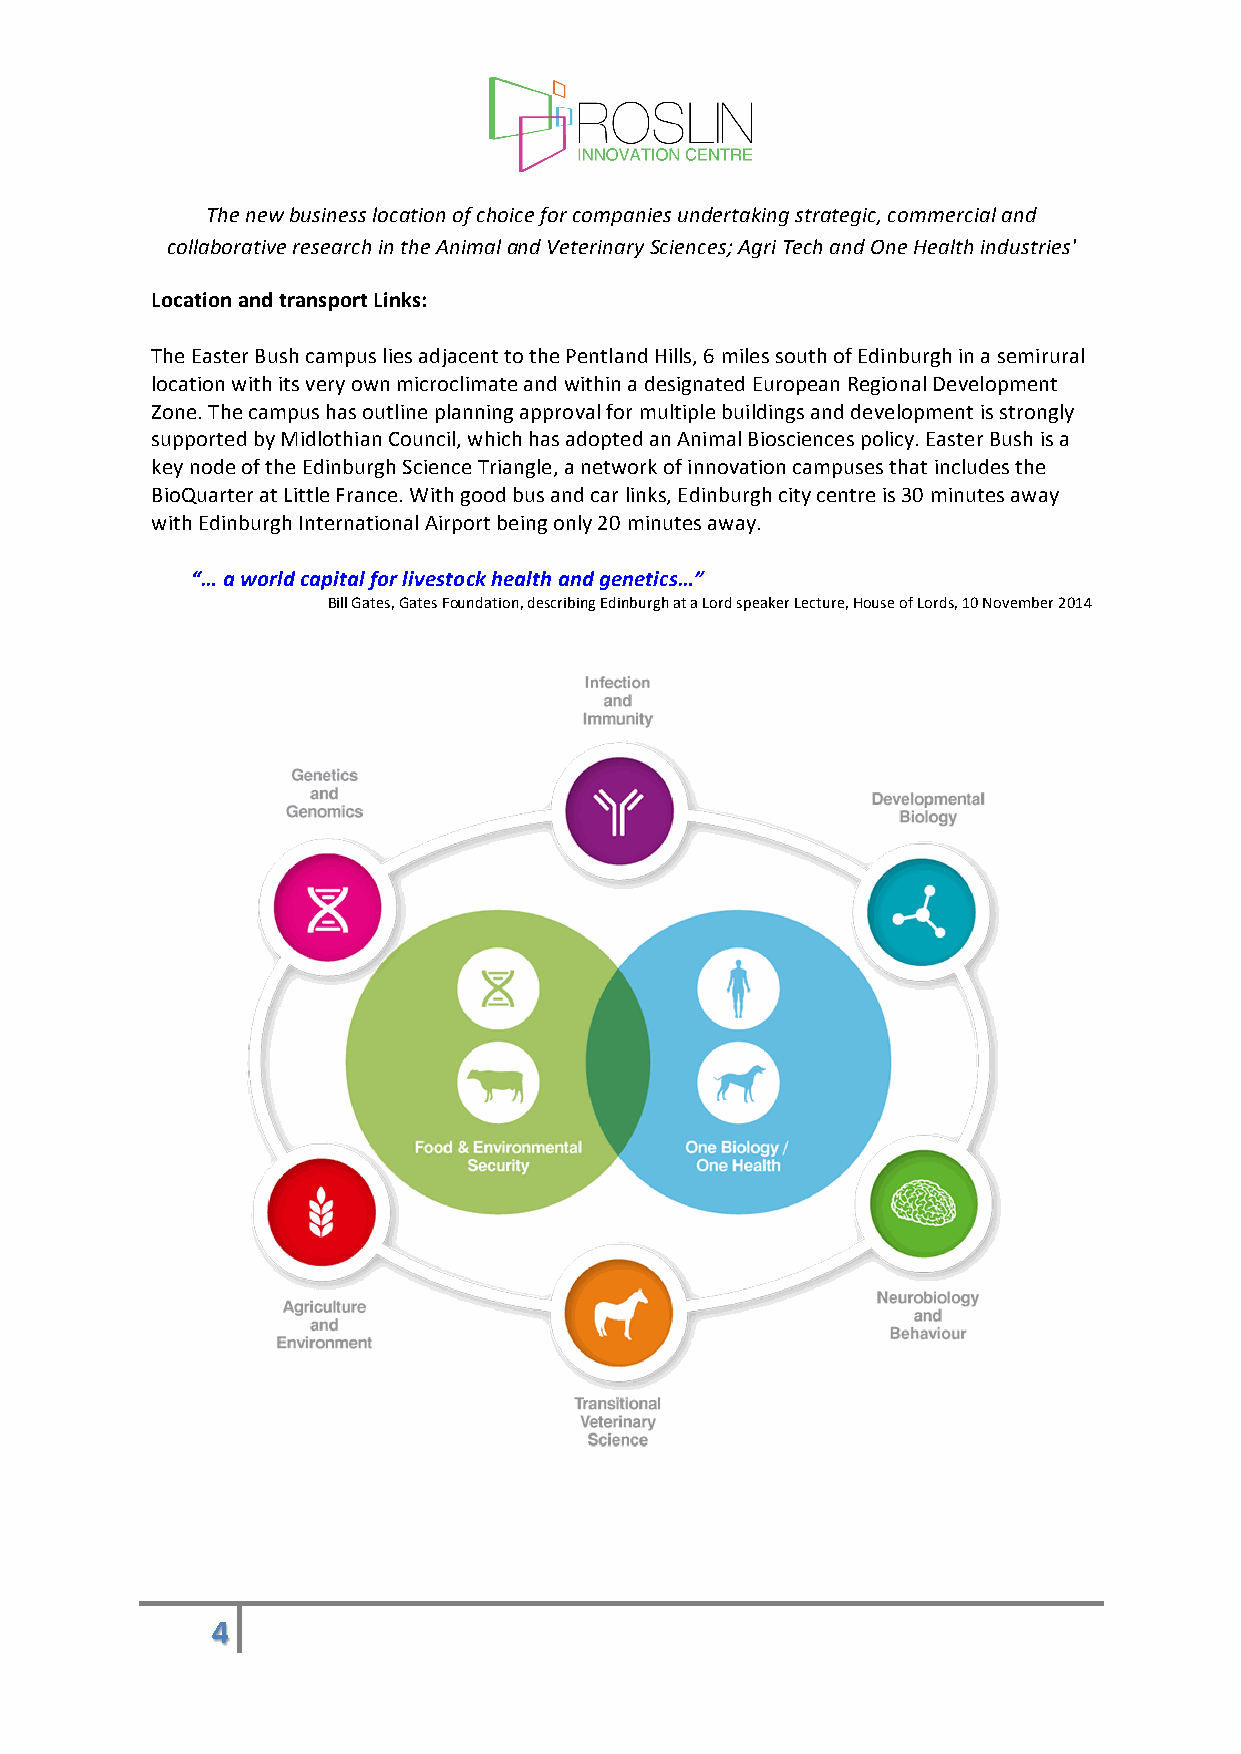
The new business location of choice for companies undertaking strategic, commercial and
 collaborative research in the Animal and Veterinary Sciences; Agri Tech and One Health industries'
 Location and transport Links:
 The Easter Bush campus lies adjacent to the Pentland Hills, 6 miles south of Edinburgh in a semirural
 location with its very own microclimate and within a designated European Regional Development
 Zone. The campus has outline planning approval for multiple buildings and development is strongly
 supported by Midlothian Council, which has adopted an Animal Biosciences policy. Easter Bush is a
 key node of the Edinburgh Science Triangle, a network of innovation campuses that includes the
 BioQuarter at Little France. With good bus and car links, Edinburgh city centre is 30 minutes away
 with Edinburgh International Airport being only 20 minutes away.
 “… a world capital for livestock health and genetics…”
 Bill Gates, Gates Foundation, describing Edinburgh at a Lord speaker Lecture, House of Lords, 10 November 2014
 !